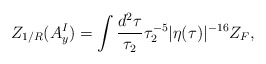
\begin{align*}Z_{1/R}(A_y^I) = \int \frac{d^2\tau}{\tau_2}\tau_2^{-5}|\eta(\tau)|^{-16}Z_F,\end{align*}